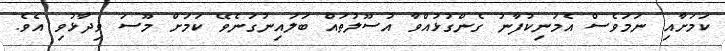
ކަމަަށާއި ނަމަވެސް އެމަނިކުފާނު ގެންގުޅުއްވާ އުސޫލުތައް ބަލައިނުގަނެވޭ ކަމަށް މޫސަ ވިދާޅުވި އެވެ.